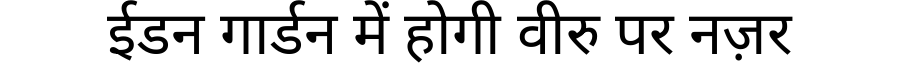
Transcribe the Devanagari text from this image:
ईडन गार्डन में होगी वीरु पर नज़र